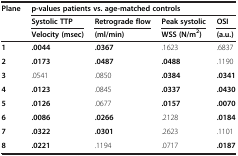
<table><thead><tr><td><b>Plane</b></td><td colspan="4"><b>p-values patients vs. age-matched controls</b></td></tr><tr><td><b> </b></td><td><b>Systolic TTP</b></td><td><b>Retrograde flow</b></td><td><b>Peak systolic</b></td><td><b>OSI</b></td></tr><tr><td><b> </b></td><td><b>Velocity (msec)</b></td><td><b>(ml/min)</b></td><td><b>WSS (N/m<sup>2</sup>)</b></td><td><b>(a.u.)</b></td></tr></thead><tbody><tr><td><b>1</b></td><td><b>.0044</b></td><td><b>.0367</b></td><td>.1623</td><td>.6837</td></tr><tr><td><b>2</b></td><td><b>.0173</b></td><td><b>.0487</b></td><td><b>.0488</b></td><td>.1190</td></tr><tr><td><b>3</b></td><td>.0541</td><td>.0850</td><td><b>.0384</b></td><td><b>.0341</b></td></tr><tr><td><b>4</b></td><td><b>.0123</b></td><td>.0845</td><td><b>.0337</b></td><td><b>.0430</b></td></tr><tr><td><b>5</b></td><td><b>.0126</b></td><td>.0677</td><td><b>.0157</b></td><td><b>.0070</b></td></tr><tr><td><b>6</b></td><td><b>.0086</b></td><td><b>.0266</b></td><td>.2128</td><td><b>.0184</b></td></tr><tr><td><b>7</b></td><td><b>.0322</b></td><td><b>.0301</b></td><td>.2623</td><td>.1101</td></tr><tr><td><b>8</b></td><td><b>.0221</b></td><td>.1194</td><td>.0717</td><td><b>.0187</b></td></tr></tbody></table>